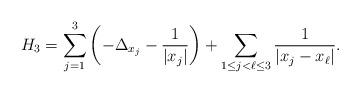
LaTeX: \begin{align*} H_3=\sum_{j=1}^3\left(-\Delta_{x_j}-\frac{1}{|x_j|}\right)+\sum_{1\leq j<\ell\leq 3}\frac{1}{|x_j-x_\ell|}.\end{align*}